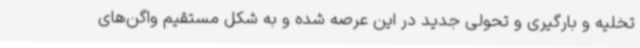
تخلیه و بارگیری و تحولی جدید در این عرصه شده و به شکل مستقیم واگن‌های